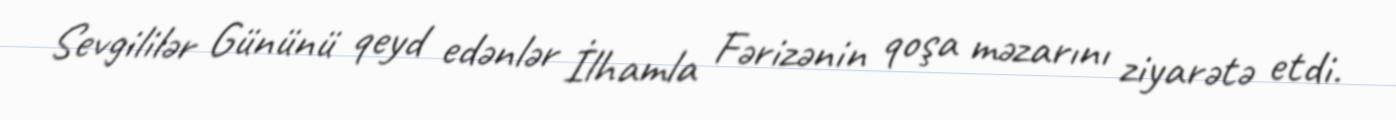
Sevgililər Gününü qeyd edənlər İlhamla Fərizənin qoşa məzarını ziyarətə etdi.